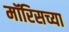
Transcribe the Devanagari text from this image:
मॉरिसच्या